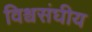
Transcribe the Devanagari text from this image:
विश्वसंघीय